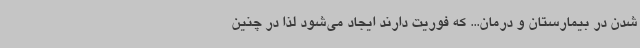
شدن در بیمارستان و درمان... که فوریت دارند ایجاد می‌شود لذا در چنین